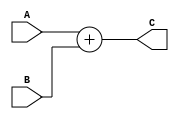
`define WIDTH 4

module adder(A, B, C);

input [`WIDTH-1:0] A;
input [`WIDTH-1:0] B;
output [`WIDTH-1:0] C;

assign C = A + B;

endmodule